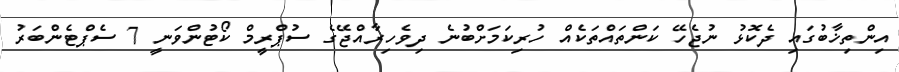
އިންތިޚާބުގައި ދެކޮޅު ނުޖެހޭ ކަންތައްތަކެއް ހުރިކަމަށްބުނެ ދިވެހިރާއްޖޭގެ ސުޕްރީމް ކޯޓުންވަނީ 7 ސެޕްޓެންބަރު